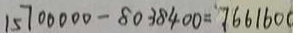
1 5 7 0 0 0 0 0 - 8 0 3 8 4 0 0 = 7 6 6 1 6 0 0